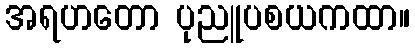
အရဟတော ပုညူပစယကထာ။